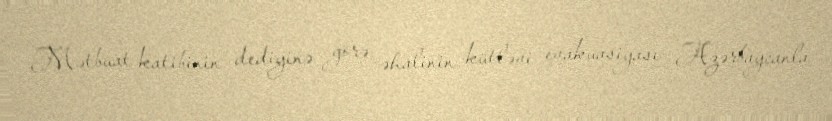
Mətbuat katibinin dediyinə görə, əhalinin kütləvi evakuasiyası Azərbaycanla